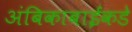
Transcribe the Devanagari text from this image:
अंबिकाबाईंकडे